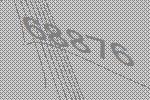
68876